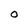
Character: O